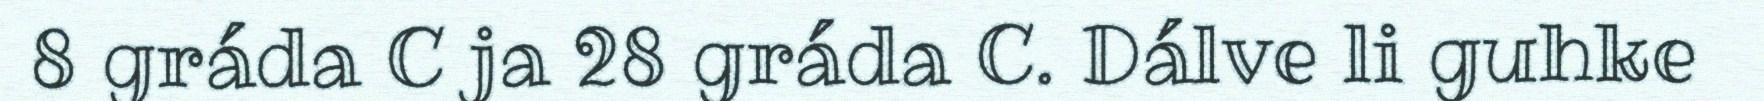
8 gráda C ja 28 gráda C. Dálve li guhke